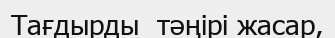
Тағдырды  тәңірі жасар,